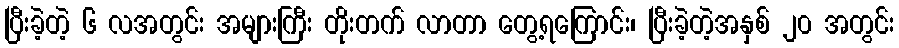
ပြီးခဲ့တဲ့ ၆ လအတွင်း အများကြီး တိုးတက် လာတာ တွေ့ရကြောင်း၊ ပြီးခဲ့တဲ့အနှစ် ၂၀ အတွင်း